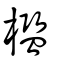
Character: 檻